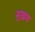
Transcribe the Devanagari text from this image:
मुख़य